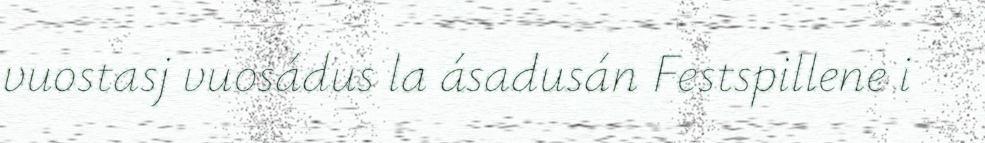
vuostasj vuosádus la ásadusán Festspillene i